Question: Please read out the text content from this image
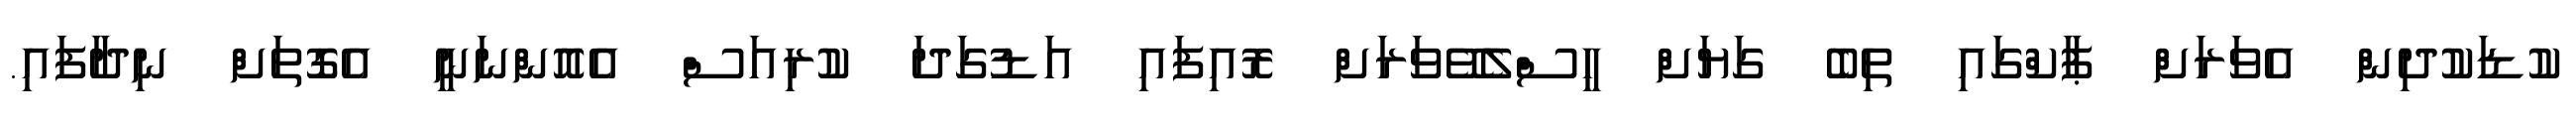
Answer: ކުޑަކުދިން އެވަރަށް ޕާކްގައި ތިބެ ގަޔަށް ހީސްލެވޭވަރަށް ރޮއިފައި އަޑުގަދަ ކުރިއަސް އެއޮންނަނީ އެގޮތަށް ނިދާފައި.